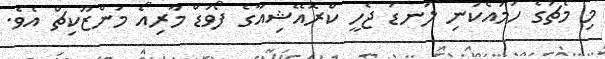
މި މެޗުގެ ހަމައެކަނި ލަނޑު ޖެހީ ކްރޮއޭޝިއާގެ ފޯވަޑް މާރިއޯ މަންޒޫކިޗް އެވެ.